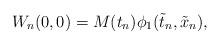
LaTeX: \begin{align*}W_n(0,0)=M(t_n)\phi_1(\tilde t_n,\tilde x_n),\end{align*}